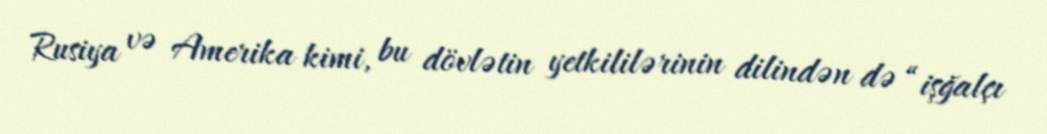
Rusiya və Amerika kimi, bu dövlətin yetkililərinin dilindən də “işğalçı